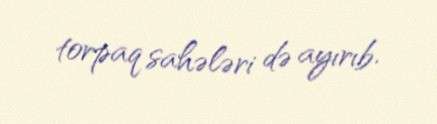
torpaq sahələri də ayırıb.